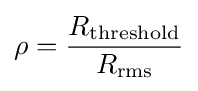
\rho ={\frac {R_{\mathrm {threshold} }}{R_{\mathrm {rms} }}}